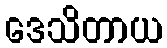
ဒေသိတာယ